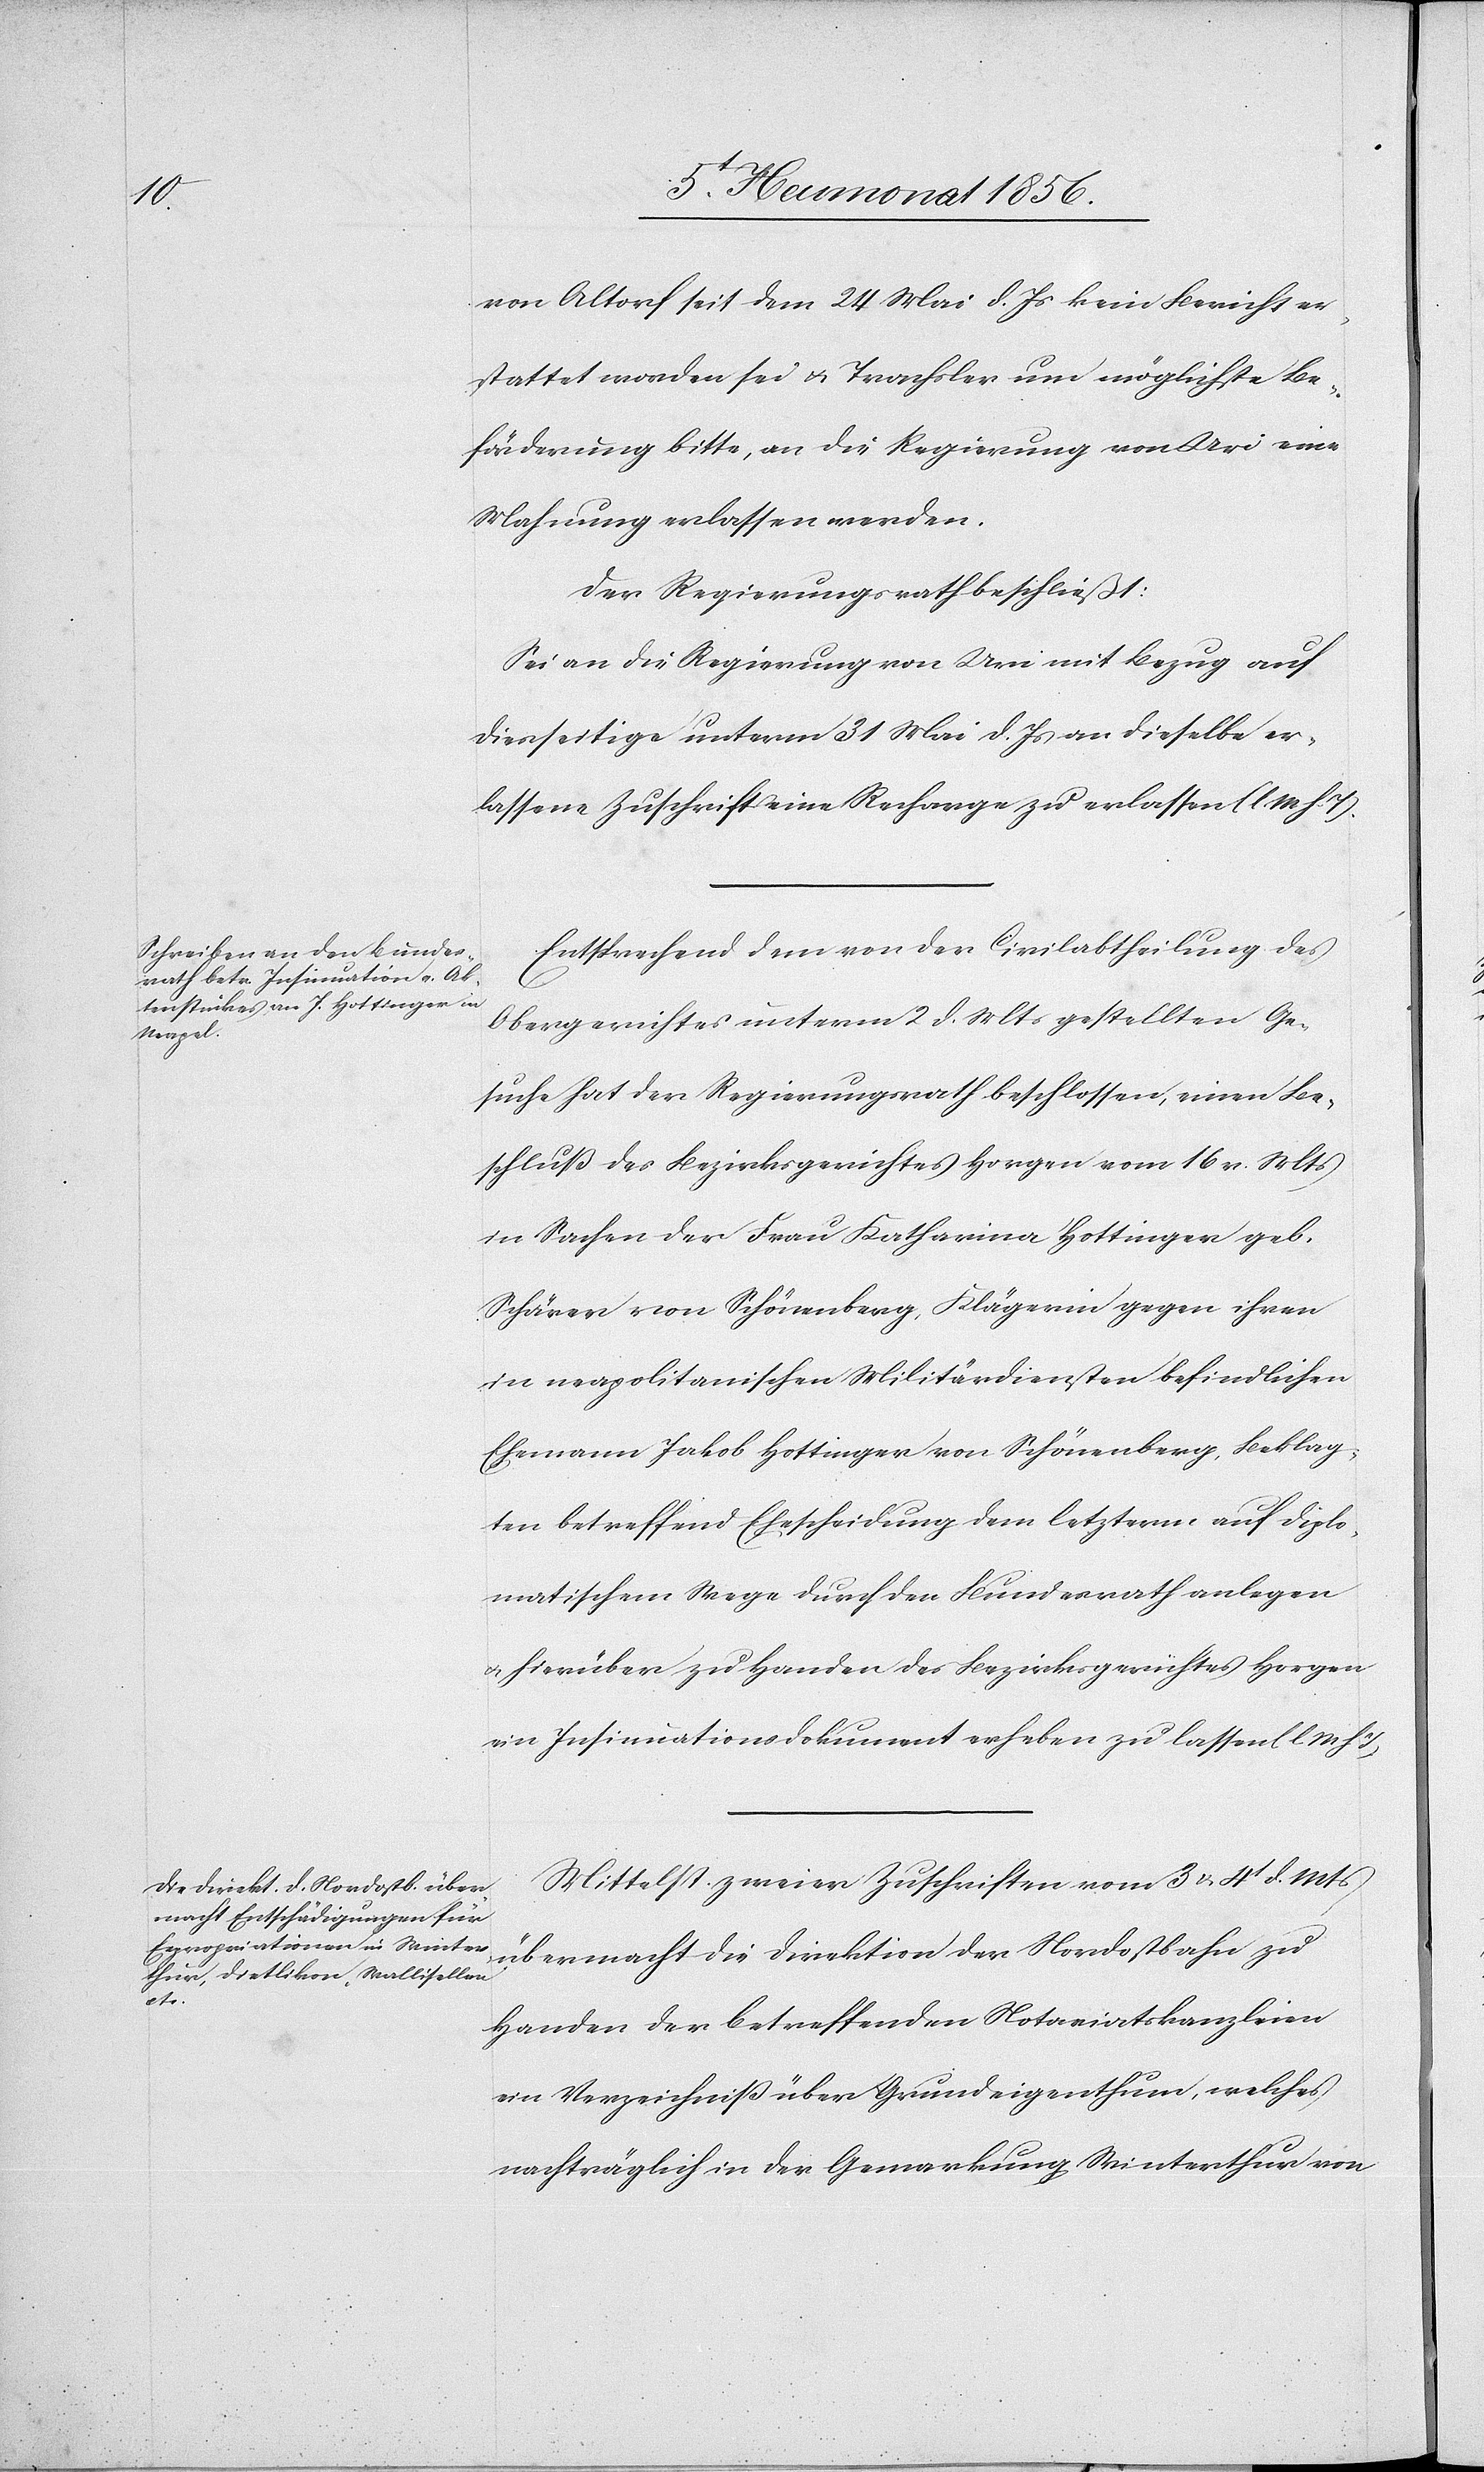
diplo¬

von Altorf seit dem 24 Mai d. Js kein Bericht er¬
stattet worden sei u. Trachsler um möglichste Be¬
förderung bitte, an die Regierung von Uri eine
Mahnung erlassen werden.
Der Regierungsrath beschließt:
Sei an die Regierung von Uri mit Bezug auf
diesseitige unterm 31 Mai d. Js an dieselbe er¬
lassene Zuschrift eine Recharge zu erlassen (l M h. T).
Entsprechend dem von der Civilabtheilung des
Obergerichtes unterm 2 d. Mts gestellten Ge¬
suche hat der Regierungsrath beschlossen, einen Be¬
schluß des Bezirksgerichtes Horgen vom 16 v. Mts
in Sachen der Frau Katharina Hottinger geb.
Schärer von Schönenberg, Klägerin gegen ihren
in neapolitanischen Militärdiensten befindlichen
Ehemann Jakob Hottinger von Schönenberg, Beklag¬
ten betreffend Ehescheidung dem letzerm [recte:
matischem Wege durch den Bundesrath anlegen
u. hierüber zu Handen des Bezirksgerichtes Horgen
ein Insinuationsdokument erheben zu lassen (l. M h
Mittelst zweier Zuschriften vom 3 u. 4t d. Mts
übermacht die Direktion der Nordostbahn zu
Handen der betreffenden Notariatskanzleien
ein Verzeichniss über Grundeigenthum, welches
nachträglich in der Gemarkung Winterthur von